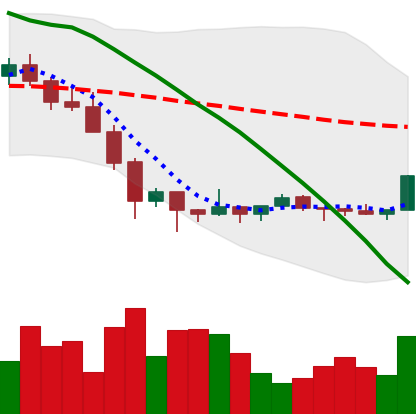
Ticker: XMR-USD
Chart end date: 2022-02-04
Forward return: 12.418%
Label: up_7plus